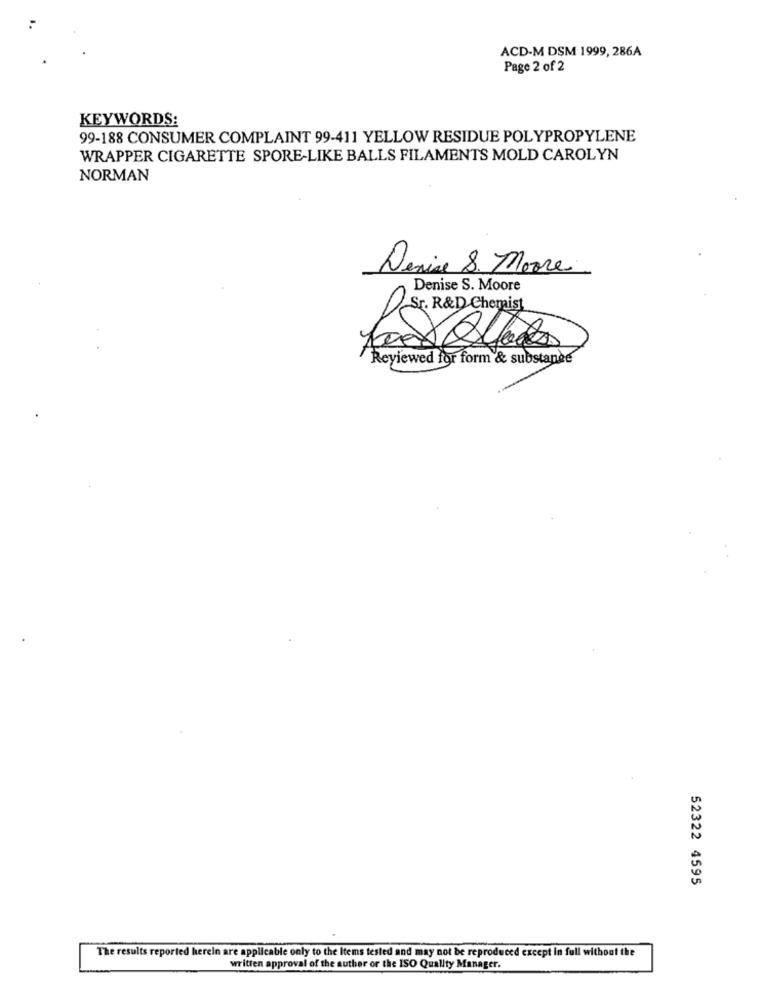
ACD-M DSM 1999, 286A
Page 2 of 2
KEYWORDS:
99-188 CONSUMER COMPLAINT 99-411 YELLOW RESIDUE POLYPROPYLENE
WRAPPER CIGARETTE SPORE-LIKE BALLS FILAMENTS MOLD CAROLYN
NORMAN
Denise 8. Moore
Denise S. Moore
Sr. R&D Chemist
Reviewed for form & substande
52322 4595
The results reported herein are applicable only to the Items tested and may not be reproduced except in full without the
written approval of the author or the ISO Quality Manager.